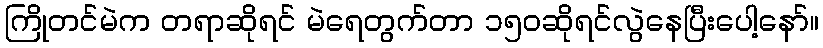
ကြိုတင်မဲက တရာဆိုရင် မဲရေတွက်တာ ၁၅၀ဆိုရင်လွဲနေပြီးပေါ့နော်။